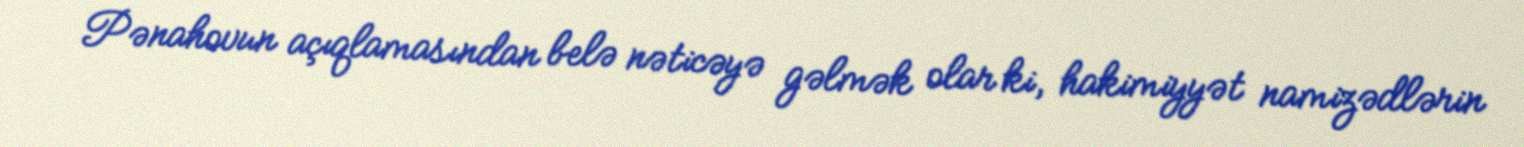
Pənahovun açıqlamasından belə nəticəyə gəlmək olar ki, hakimiyyət namizədlərin